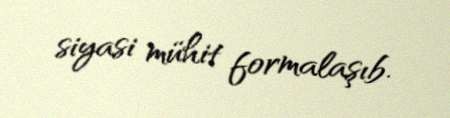
siyasi mühit formalaşıb.